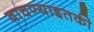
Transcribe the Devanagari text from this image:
वाचण्याइतकी